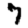
Digit: 7